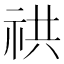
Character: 𥙖